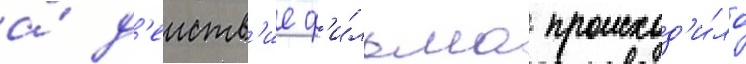
а́ д'еиств'ие ф'и́льма происход'и́ло